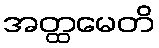
အတ္ထမေတိ